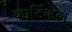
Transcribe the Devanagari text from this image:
कार्टिकल